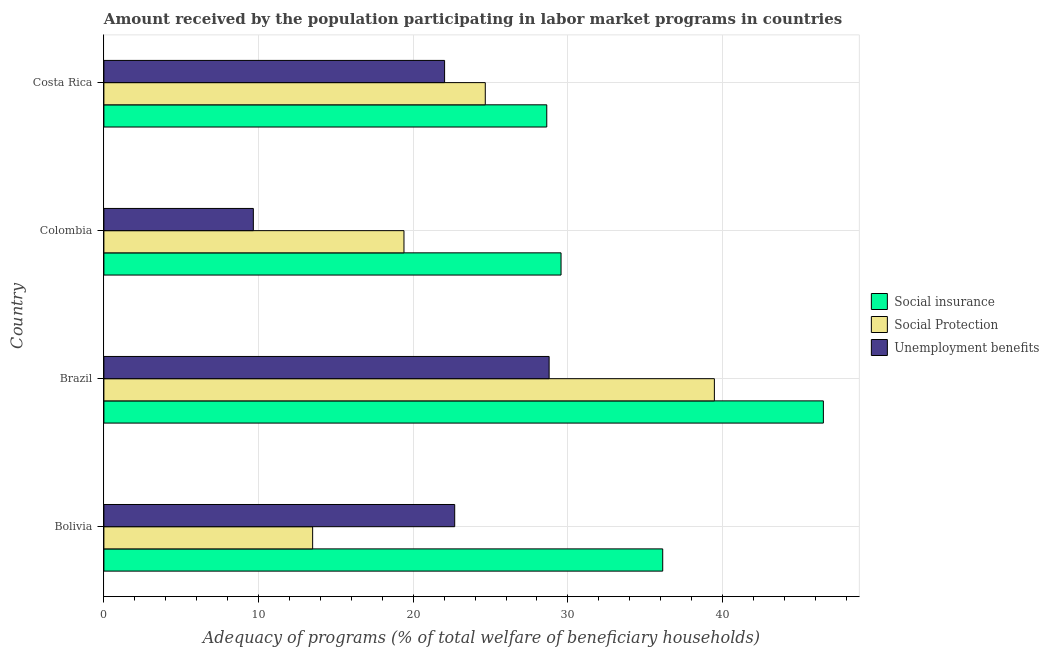
| Country | Social insurance | Social Protection | Unemployment benefits |
 | --- | --- | --- | --- |
 | Bolivia | 36.1 | 13.5 | 22.7 |
 | Brazil | 46.5 | 39.5 | 28.8 |
 | Colombia | 29.6 | 19.4 | 9.66 |
 | Costa Rica | 28.6 | 24.7 | 22 |